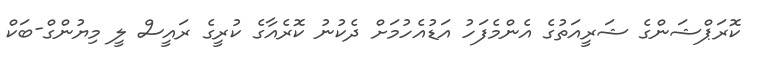
ކޮރަޕްޝަންގެ ޝަރީއަތުގެ އެންމެފަހު އަޑުއެހުމަށް ދެކުނު ކޮރެއާގެ ކުރީގެ ރައީސް ލީ މިޔުންގް-ބަކް